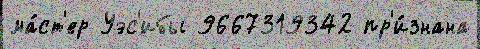
ма́ст'ер Уэс'ибы 9667319342 пр'и́знана